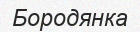
Бородянка